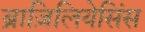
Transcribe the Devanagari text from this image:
ब्राज़िलियेसिंस